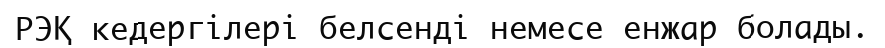
РЭҚ кедергілері белсенді немесе енжар болады.